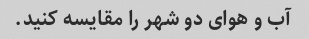
آب و هوای دو شهر را مقایسه کنید.